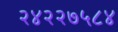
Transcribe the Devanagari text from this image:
२४२२७५८४